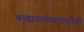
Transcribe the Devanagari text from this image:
बाह्यवातावरणातही